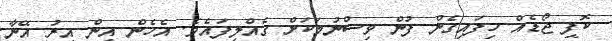
ކޮފީ ޖޯޑެއް ހިފައިގެން ފުން ވިސްނުމަކަށް ގެއްލިފައެވެ. އެހެން އިން އިރު އޭނާ